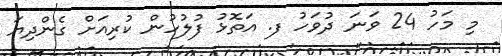
މި މަހު 24 ވަނަ ދުވަހު ފ. އަތޮޅު ފުލުހުން ކުރިއަށް ގެންދިޔަ